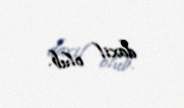
daxil olub.